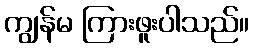
ကျွန်မ ကြားဖူးပါသည်။